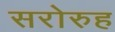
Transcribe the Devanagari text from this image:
सरोरुह